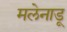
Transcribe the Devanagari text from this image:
मलेनाडू